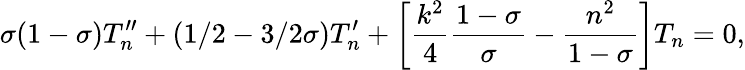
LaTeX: \sigma(1-\sigma)T_{n}^{\prime\prime}+(1/2-3/2\sigma)T_{n}^{\prime}+\biggl[\frac{k^{2}}{4}\frac{1-\sigma}{\sigma}-\frac{n^{2}}{1-\sigma}\biggr]T_{n}=0,